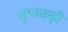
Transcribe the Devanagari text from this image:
लुप्तकड़ी